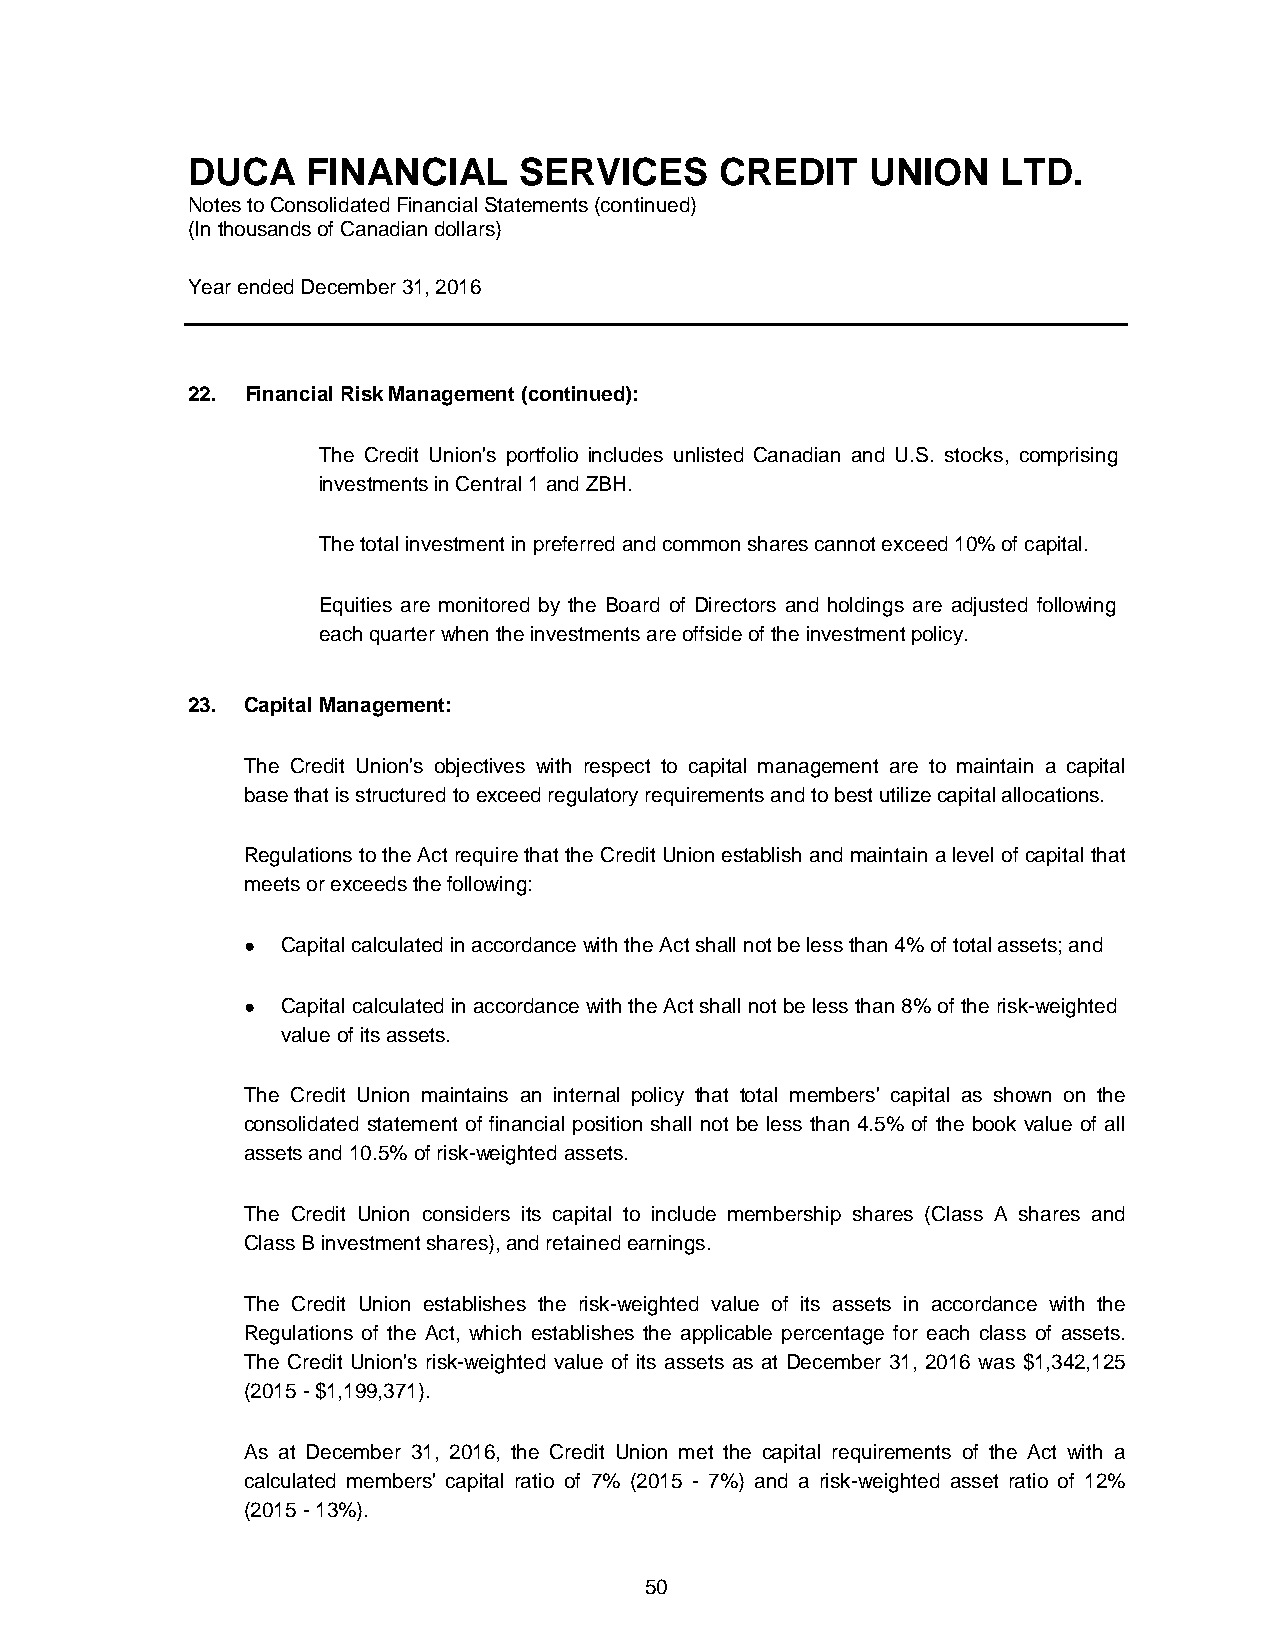
DUCA    FINANCIAL     SERVICES      CREDIT    UNION   LTD.
 Notes to Consolidated Financial Statements (continued)
 (In thousands of Canadian dollars)
 Year ended December 31, 2016
 22. Financial Risk Management (continued):
 The Credit Union's portfolio includes unlisted Canadian and U.S. stocks, comprising
 investments in Central 1 and ZBH.
 The total investment in preferred and common shares cannot exceed 10% of capital.
 Equities are monitored by the Board of Directors and holdings are adjusted following
 each quarter when the investments are offside of the investment policy.
 23. Capital Management:
 The Credit Union's objectives with respect to capital management are to maintain a capital
 base that is structured to exceed regulatory requirements and to best utilize capital allocations.
 Regulations to the Act require that the Credit Union establish and maintain a level of capital that
 meets or exceeds the following:
 ●  Capital calculated in accordance with the Act shall not be less than 4% of total assets; and
 ●  Capital calculated in accordance with the Act shall not be less than 8% of the risk-weighted
 value of its assets.
 The Credit Union maintains an internal policy that total members' capital as shown on the
 consolidated statement of financial position shall not be less than 4.5% of the book value of all
 assets and 10.5% of risk-weighted assets.
 The Credit Union considers its capital to include membership shares (Class A shares and
 Class B investment shares), and retained earnings.
 The Credit Union establishes the risk-weighted value of its assets in accordance with the
 Regulations of the Act, which establishes the applicable percentage for each class of assets.
 The Credit Union's risk-weighted value of its assets as at December 31, 2016 was $1,342,125
 (2015 - $1,199,371).
 As at December 31, 2016, the Credit Union met the capital requirements of the Act with a
 calculated members' capital ratio of 7% (2015 - 7%) and a risk-weighted asset ratio of 12%
 (2015 - 13%).
 50